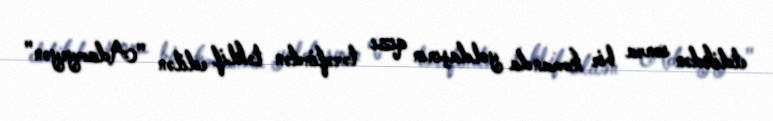
etdikdən sonra bir komanda yoldaşının qızı tərəfindən təklif edilən "Adamyeyən"